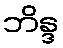
ဘိန္ဒ